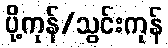
ပို့ကုန်/သွင်းကုန်